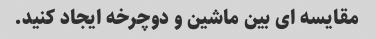
مقایسه ای بین ماشین و دوچرخه ایجاد کنید.